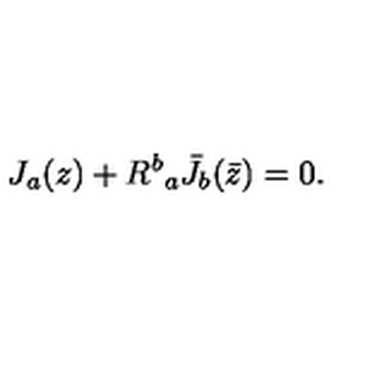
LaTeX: J _ { a } ( z ) + { R ^ { b } } _ { a } { \bar { J } } _ { b } ( \bar { z } ) = 0 .